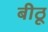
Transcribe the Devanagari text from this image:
बीठू